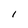
Character: 1